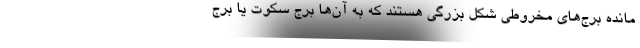
مانده برج‌های مخروطی شکل بزرگی هستند که به آ‌ن‌ها برج سکوت یا برج